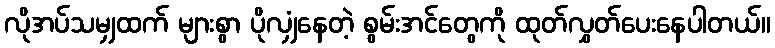
လိုအပ်သမျှထက် များစွာ ပိုလျှံနေတဲ့ စွမ်းအင်တွေကို ထုတ်လွှတ်ပေးနေပါတယ်။